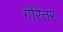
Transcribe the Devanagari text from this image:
गौरेतर